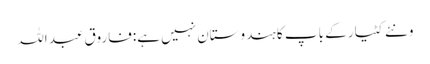
ونئے کٹیار کے باپ کا ہندوستان نہیں ہے:فاروق عبد اللہ